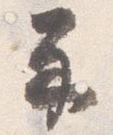
示